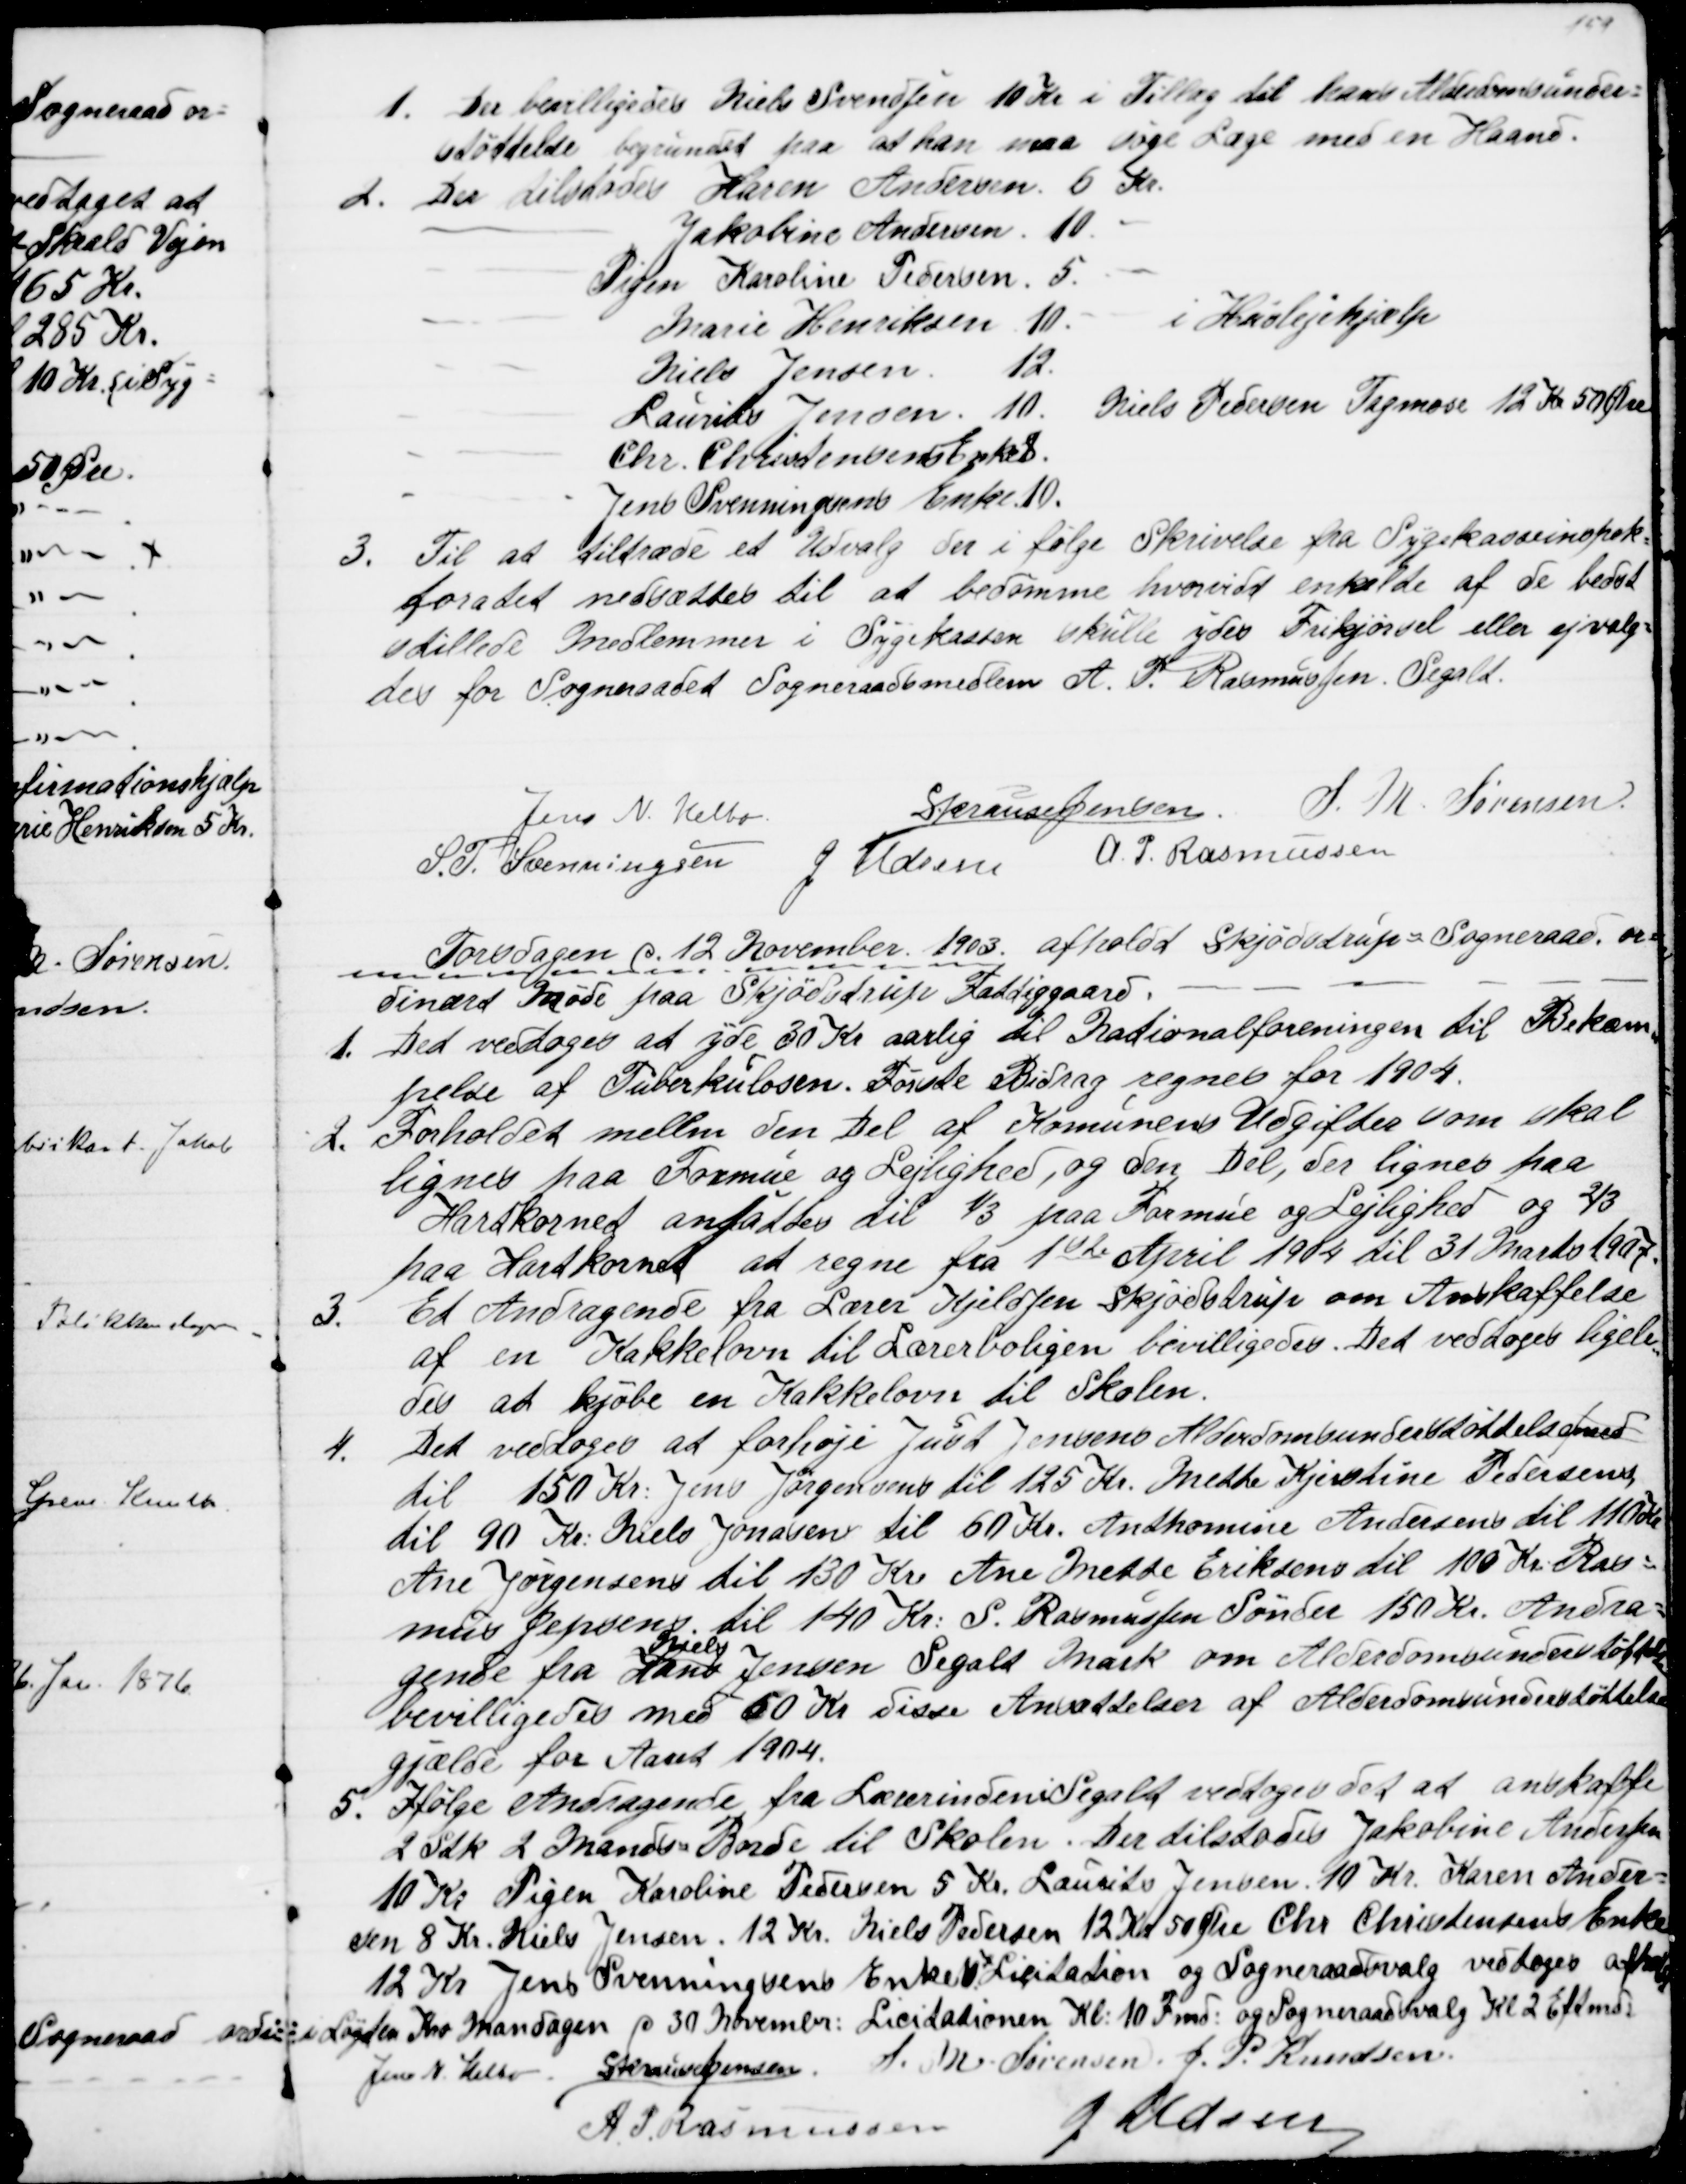
Transskription:
1. Der bevilligedes Niels Svendsen 10 Kr i Tillæg til hans Alderdomsunder=
støttelse begrundet paa at han maa søge Læge med en Haand.
2. Der tilstodes Karen Andersen 6 Kr.
Jakobine Andersen 10.
Pigen Karoline Pedersen 5.
Marie Henriksen 10.
i Huslejehjælp
Niels Jensen 12.
Laurits Jensen 10. Niels Pedersen Tagmose 12 Kr 50 Øre.
Chr. Christensens Enke 8.
Jens Svenningsens Enke 10.
3. Til at Tiltræde et Udvalg der i følge Skrivelse fra Sygekasseinspek=
toratet nedsættes til at bedømme hvorvidt enkelte af de bedst
stillede Medlemmer i Sygekassen skulle ydes Frikjørsel eller ej valg=
tes for Sogneraadet Sogneraadsmedlem A. P. Rasmussen, Segalt.
Jens N. Helbo.
S Krause Jensen.
S. M. Sørensen
S. P. Svenningsen J Udsen A. P. Rasmussen
Torsdagen d. 12. November 1903 afholdt Skjødstrup = Sogneraad. or=
dinært Møde paa Skjødstrup Fattiggaard.
1. Det vedtoges at yde 30 Kr aarlig til Nationalforeningen til Bekæm
=
pelse af Tuberkulosen. Første Bidrag regnes for 1904.
2. Forholdet mellem den Del af Komunens Udgifter som skal
lignes paa Formue og Lejlighed, og den Del, der lignes paa
Hartkornet ansattes til ⅓ paa Formue og Lejlighed og ⅔
paa Hartkornet at regne fra 1ste April 1904 til 31 Marts 1907.
3.
Et Andragende fra Lærer Kjeldsen Skjødstrup om Anskaffelse
af en Kakkelovn til Lærerboligen bevilligedes. Det vedtoges ligele
=
des at kjøbe en Kakkelovn til Skolen.
4.
Det vedtoges at forhøje Just Jensens Alderdomsunderstøttelse med
til 150 Kr. Jens Jørgensens til 125 Kr. Mette Kjerstine Pedersens
til 90 Kr. Niels Jonasen til 60 Kr. Anthomine Andersens til 110 Kr
Ane Jørgensens til 130 Kr. Ane Mette Eriksens til 100 Kr. Ras=
mus Jepsens til 140 Kr. S. Rasmussen Sønder 150 Kr. Andra=
gende fra Hans 
Niels
Jensen Segalt Mark om Alderdomsunderstøttelse
bevilligedes med 60 Kr disse Ansættelser af Alderdomsunderstøttelse
gjælde for Aaret 1904.
5. Ifølge Andragende fra Lærerinden i Segalt vedtoges det at anskaffe
2 stk. 2 Mands Borde til Skolen. Der tilstodes Jakobine Andersen
10 Kr Pigen Karoline Pedersen 5 Kr. Laurits Jensen 10 Kr. Karen Ander=
sen 8 Kr. Niels Jensen. 12 Kr. Niels Pedersen 12 Kr 50 Øre Chr. Christensens Enke
12 Kr. Jens Svenningsens Enke 10. Licitation og Sogneraadsvalg vedtoges afholdt
i Løgten Kro Mandagen d. 30 November: Licitationen Kl: 10 Fmd: og Sogneraadsvalg Kl. 2 Eftmd:
Jens N. Helbo S Krause Jensen
S. M. Sørensen J. P. Knudsen
A. P. Rasmussen
J Udsen